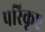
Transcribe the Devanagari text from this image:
परिकृष्ट